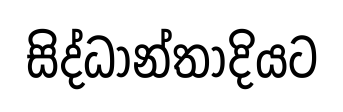
සිද්ධාන්තාදියට